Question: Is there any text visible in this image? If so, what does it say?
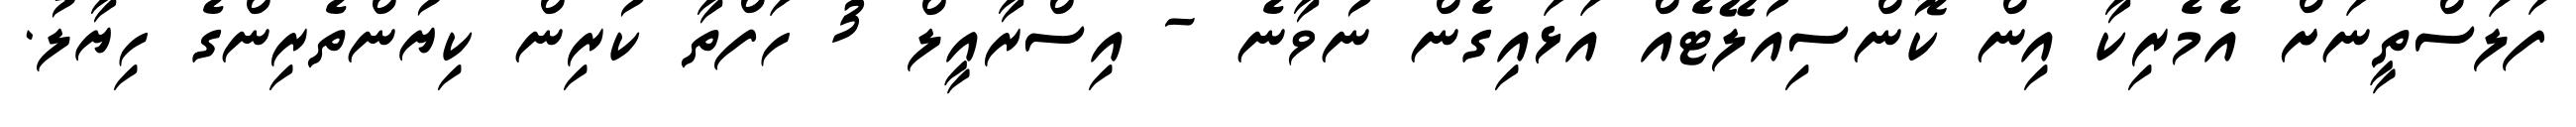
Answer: ފަލަސްތީނަށް އެމެރިކާ އިން ކޮންސިއުލޭޓެއް އަޅައިގެން ނުވާނެ - އިސްރާއީލް 3 ހަފްތާ ކުރިން ކިޔުންތެރިންގެ ހިޔާލު.